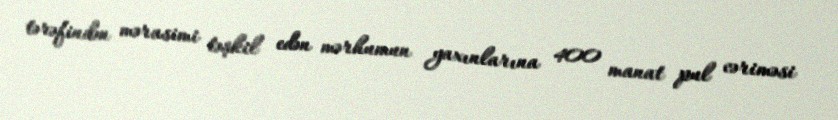
tərəfindən mərasimi təşkil edən mərhumun yaxınlarına 400 manat pul cəriməsi